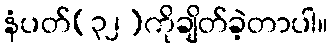
နံပတ်(၃၂)ကိုချိတ်ခဲ့တာပါ။